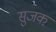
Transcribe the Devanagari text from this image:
सुजक